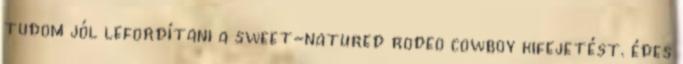
tudom jól lefordítani a sweet-natured rodeo cowboy kifejetést. édes